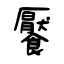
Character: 饜